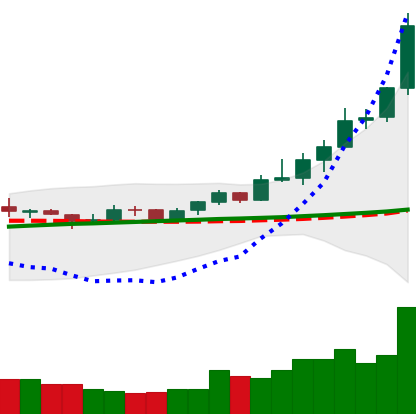
Ticker: XRP-USD
Chart end date: 2020-08-01
Forward return: 4.854%
Label: up_3_5